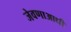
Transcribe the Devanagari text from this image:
जेवणाआधी